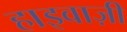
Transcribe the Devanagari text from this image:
हाइवाज़ी